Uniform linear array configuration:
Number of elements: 4
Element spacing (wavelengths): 0.5
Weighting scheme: hann
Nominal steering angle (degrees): -60
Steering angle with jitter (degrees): -59.103
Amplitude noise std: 0.05
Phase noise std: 0.05

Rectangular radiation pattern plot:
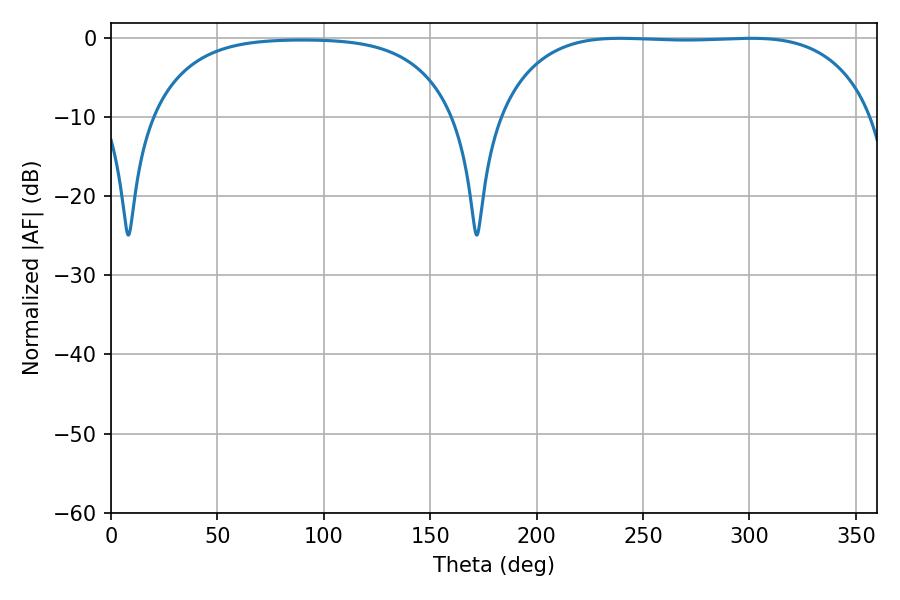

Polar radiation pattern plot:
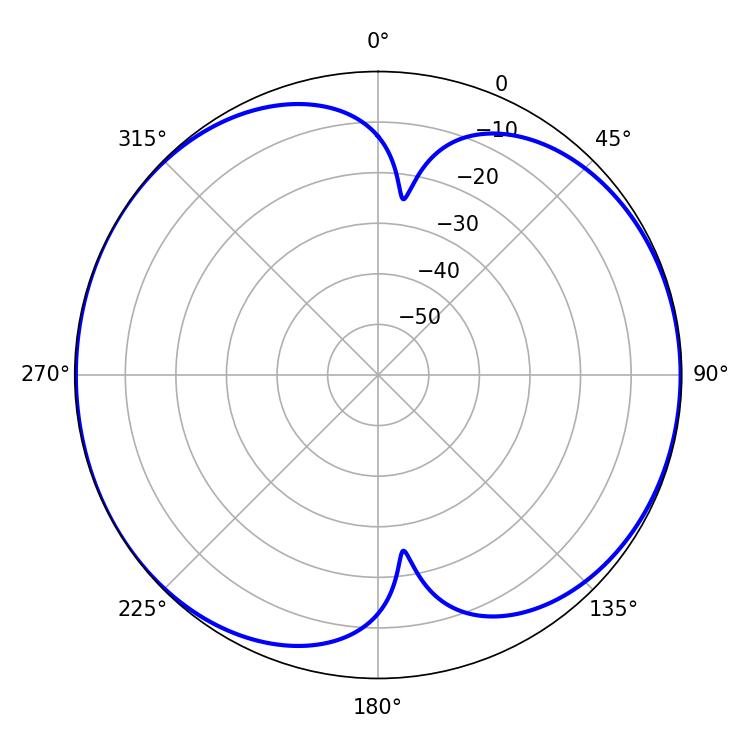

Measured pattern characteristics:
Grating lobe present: FALSE
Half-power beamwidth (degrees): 137.88
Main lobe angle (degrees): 239.22